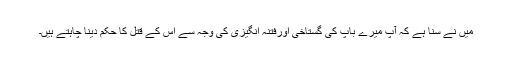
مَیں نے سنا ہے کہ آپؐ میرے باپ کی گستاخی اورفتنہ انگیزی کی وجہ سے اس کے قتل کا حکم دینا چاہتے ہیں۔